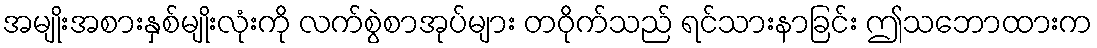
အမျိုးအစားနှစ်မျိုးလုံးကို လက်စွဲစာအုပ်များ တဝိုက်သည် ရင်သားနာခြင်း ဤသဘောထားက